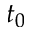
t _ { 0 }